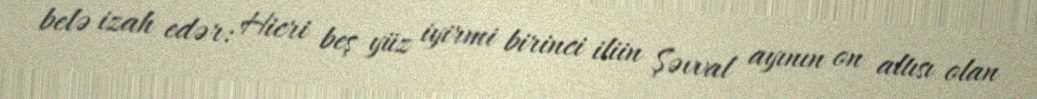
belə izah edər: Hicri beş yüz iyirmi birinci iliin Şəvval ayının on altısı olan